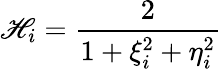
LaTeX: \mathscr{H}_{i}=\frac{{2}}{{1+\xi_{i}^{2}+\eta_{i}^{2}}}